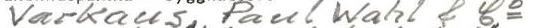
Varkaus, Paul Wahl & Co